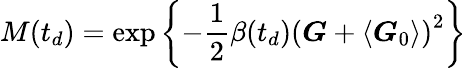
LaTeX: M(t_{d})=\exp\left\{ -\frac{1}{2}\beta(t_{d})\left(\boldsymbol{G}+\left\langle\boldsymbol{G}_{0}\right\rangle\right)^{2}\right\}